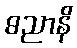
ဓညာနိ